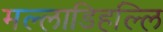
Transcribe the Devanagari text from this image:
मल्‍लाडिहल्‍लि